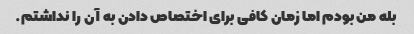
بله من بودم اما زمان کافی برای اختصاص دادن به آن را نداشتم.